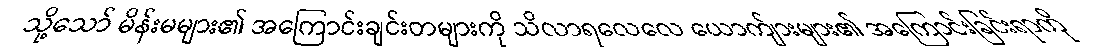
သို့သော် မိန်းမများ၏ အကြောင်းချင်းတများကို သိလာရလေလေ ယောက်ျားများ၏ အကြောင်းခြင်းရာကို